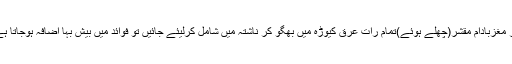
اگر مغزبادام مقشر(چھلے ہوئے)تمام رات عرق کیوڑہ میں بھگو کر ناشتہ میں شامل کرلیئے جائیں تو فوائد میں بیش بہا اضافہ ہوجاتا ہے ۔